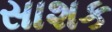
સાશક